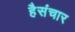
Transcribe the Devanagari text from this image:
हैसंचार